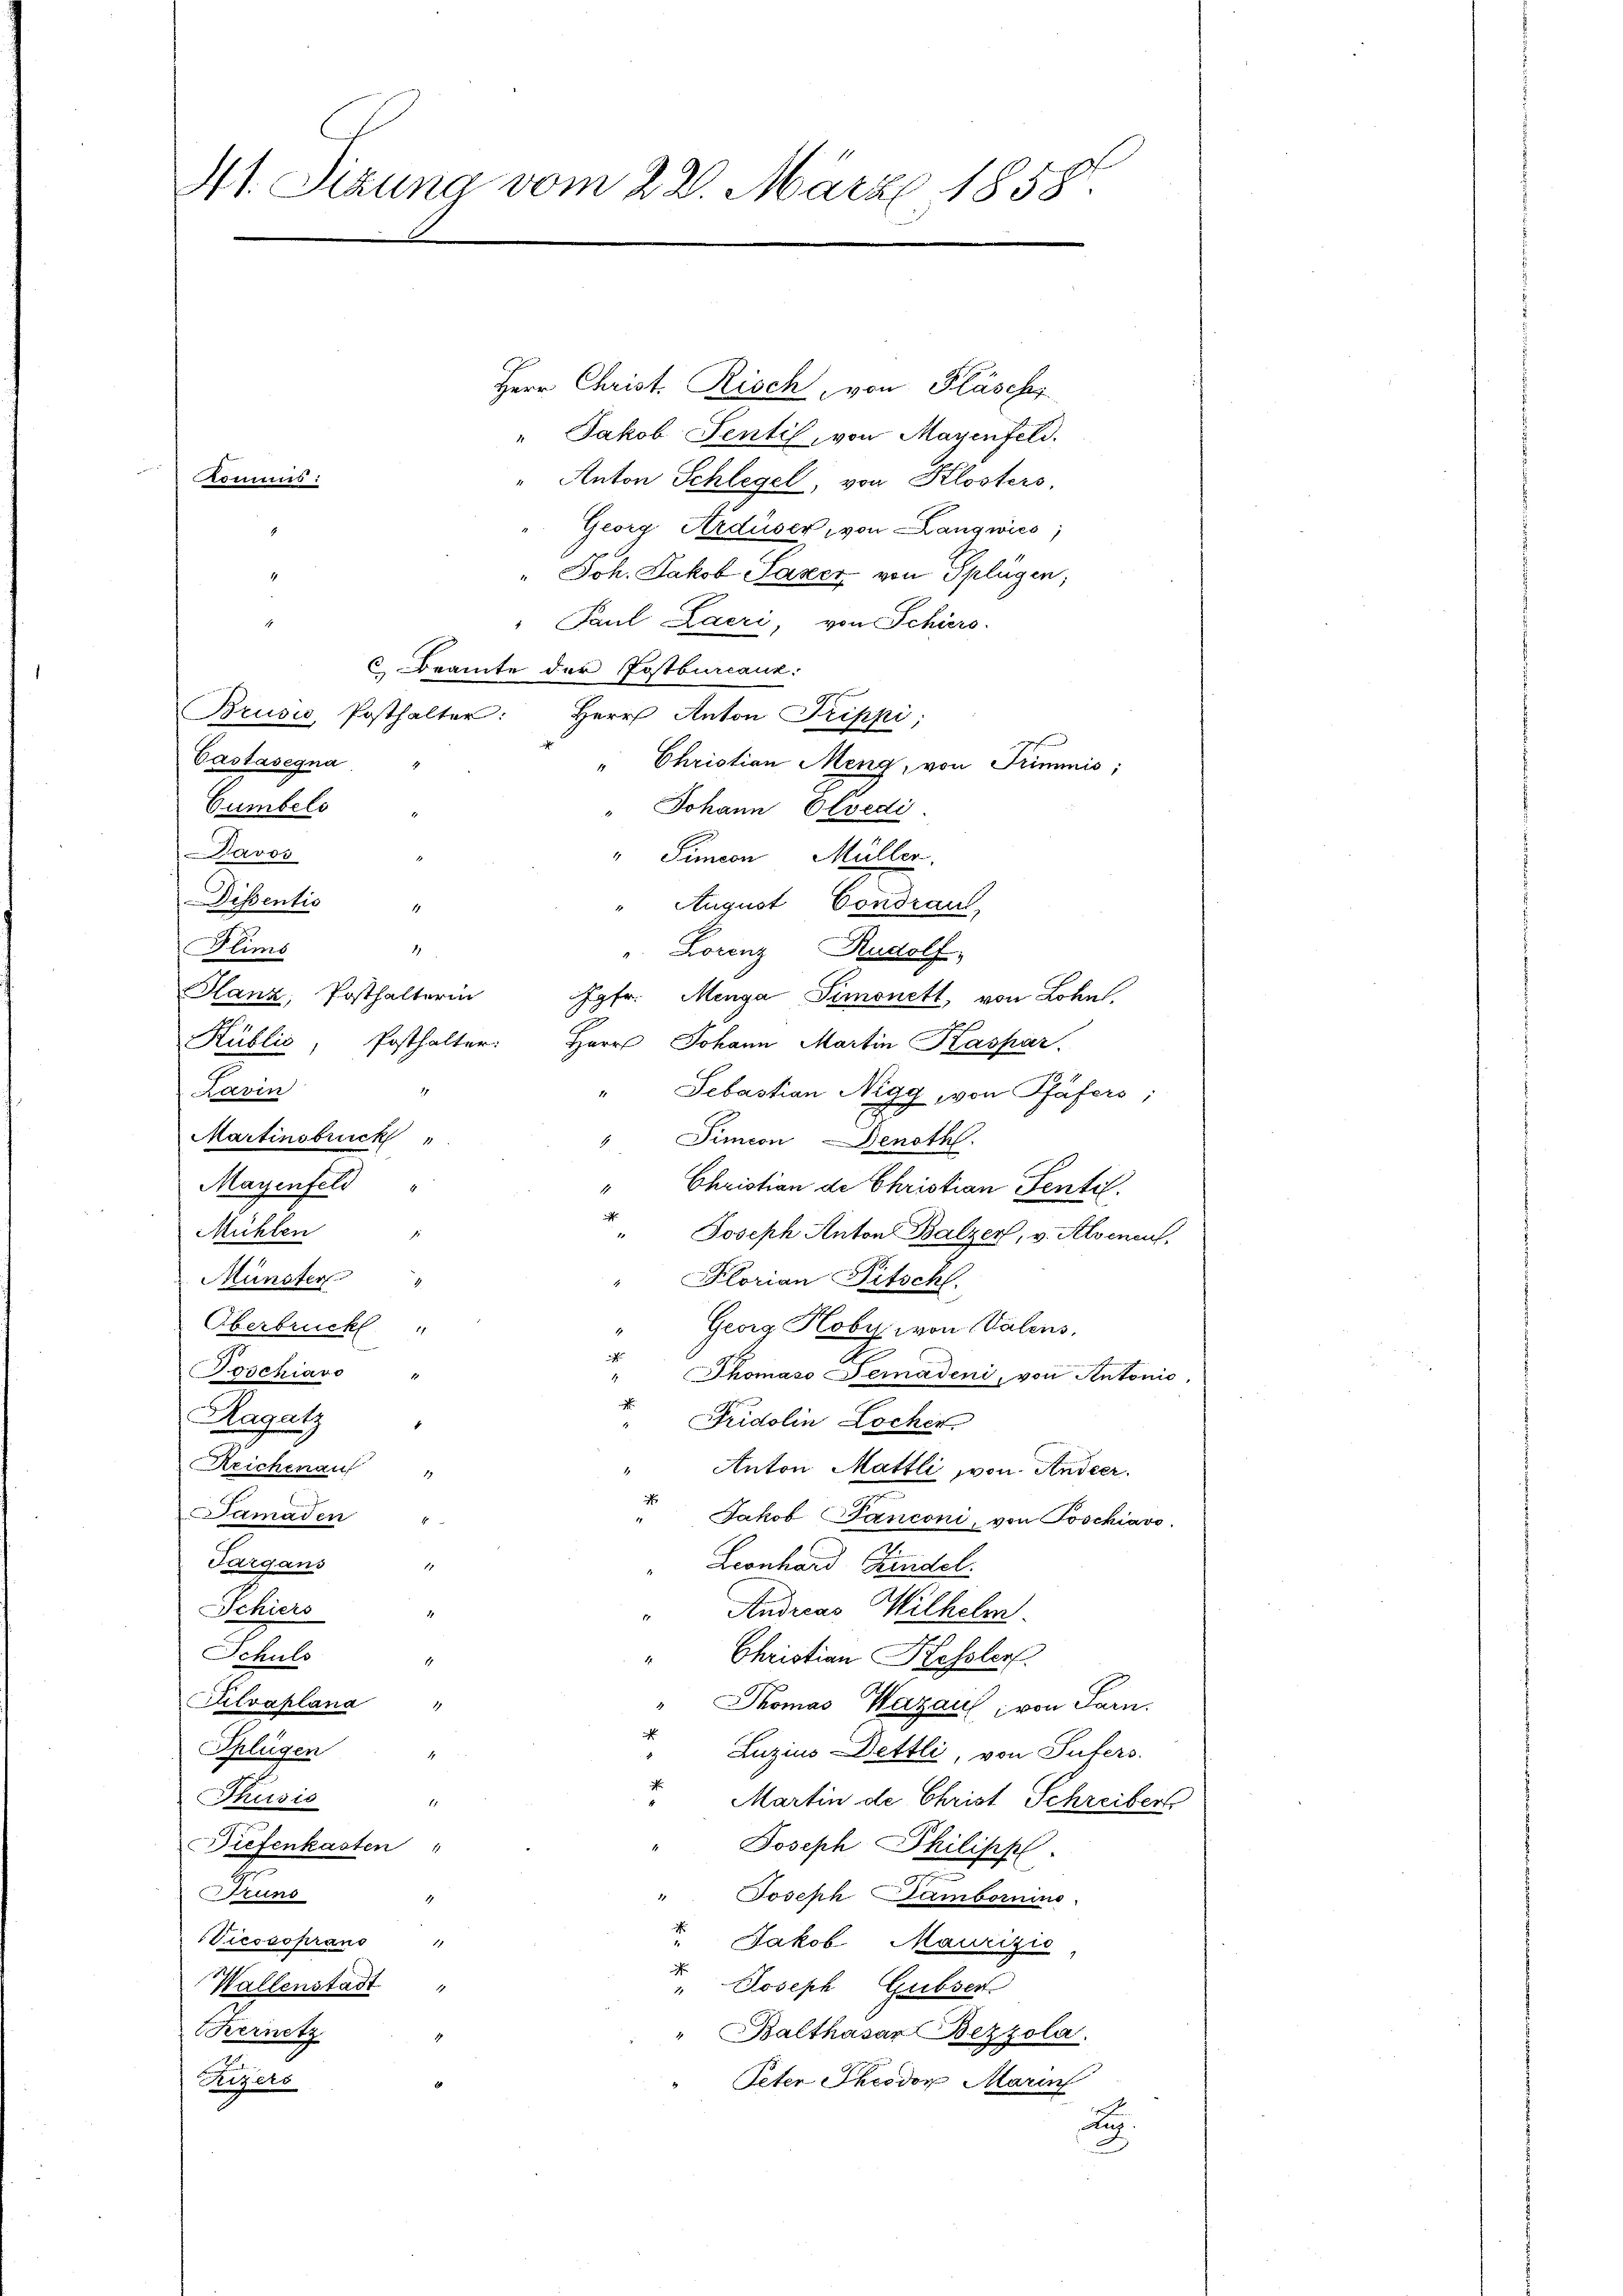
41. Sitzung vom 22. März 1858.

Herr Christ. Risch, von Fläschs
" Jakob Sentil, von Mayenfeld.
Anton Schlegel, von Klosters,
Georg Ardüser, von Langwies
" Joh. Jakob Saxer von Splügen,
" Paul Laeri, von Schärs.
1
6 Beamte der Postbureaus:
Brusić Posthalter: Herr Anton Trippi,
Castasegna
" Christian Meng, von Trimmis;
Cumbels
Johann Otvedi
Davos
" Simeon Müller.
Dissentis
August Condraul
Flims
.
Lorenz, Rudolf
Hanz, Posthalterin
Jgfr. Menga Simonett, von Lohn.
Posthalter:
Kublic
Herr Johann Martin Kaspar
Favin
1
Sebastian Nigg, von Pfäfers;
Martinsbruck
Simeon — Denoth
Mayenfeld "
Christian de Christian Sentil.
.
Mühlen "
Joseph Anton Balzer, v. Alsenen,
Münster
" Florian Pitschl.
Oberbruck
Georg Hoby von Valens,
i
Joschiavo "
Thomaso Geradeni, von Antonio.
Ragatz
 Fridolin Locher
Reichenau "
Anton Mattli von Andeer.
i
Samaden
Jakob Panconi, von Poschiavo
Targans
Leonhard Findel.
Schiers
Andreas Wilhelm.
Schuls
" Christian Kessler.
Silvaplana "
" Thomas Wazaul, von Farn.
Splügen
"Luzius Dettli, von Sufers.
4
Thusis
11
" Martin de Christ Schreibert
Biefenkasten
Joseph Philipp
Pruns
" Joseph Samboruine
Viessoprano
 Jakob Maurizić,
r. Joseph Grebser
Wallenstadt "
Kernetz
" Balthasar Bezzola.
.
Peten Theodor Marin
Heizers
.

oumis: